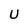
Character: U